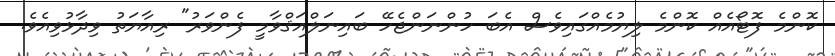
ކޮންމެ ފޮޓޯއެއް ކޮންމެ ލިޔުމެއްގައިވެސް އެބަ ހުންނަންޖެހޭ ބައިނަލްއަޤްވާމީ ފެންވަރު" ރިއާޔަތު ވިދާޅުވިއެވެ.